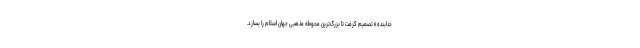
خدابنده» تصمیم گرفت تا بزرگ‌ترین محوطه مذهبی جهان اسلام را بسازد.